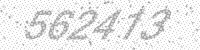
Solution: 562413